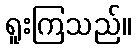
ရူးကြသည်။